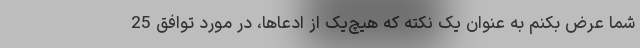
شما عرض بکنم به عنوان یک نکته که هیچ‌یک از ادعاها، در مورد توافق 25